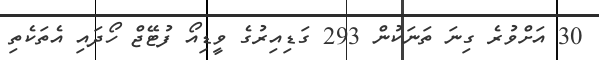
30 އަށްވުރެ ގިނަ ތަނަކުން 293 ގަޑިއިރުގެ ވީޑިއޯ ފުޓޭޖް ހޯދައި އެތަކެތި